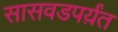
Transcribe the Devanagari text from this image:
सासवडपर्य़ंत